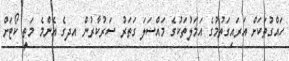
ހައްގުތަކަށް އަރައިގަތުމުގެ އަމަލުތަކުގެ މައްސަލަ ގަތަރު ސަރުކާރުން އދގެ އެންމެ މަތީ ކޯޓަށް